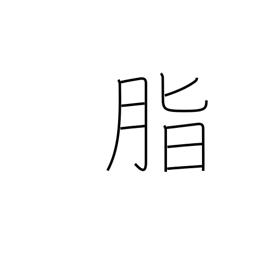
Meaning: rosin